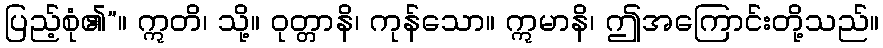
ပြည့်စုံ၏”။ ဣတိ၊ သို့။ ဝုတ္တာနိ၊ ကုန်သော။ ဣမာနိ၊ ဤအကြောင်းတို့သည်။